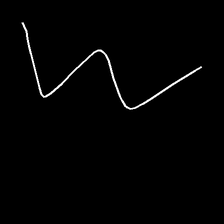
Glyph: crush